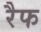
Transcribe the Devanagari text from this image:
रैफ